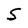
Character: S